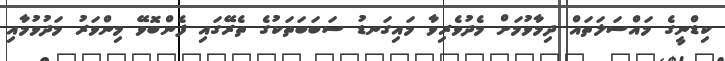
ކިޑްނީގެ މައްސަލަތައް ދިމާވުމަށް މެދުވެރިވާ މައިގަނޑު ސަބަބަތަކުގެ ތެރޭގައި ފެންބޮވޭ މިންވަރު މަދުވުމާއި